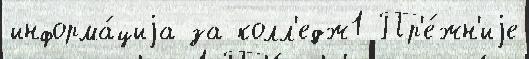
информа́циjа за колл'едж1 Пр'е́жн'иjе